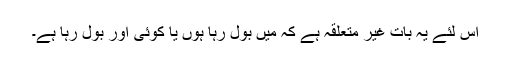
اس لئے یہ بات غیر متعلقہ ہے کہ میں بول رہا ہوں یا کوئی اور بول رہا ہے۔